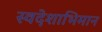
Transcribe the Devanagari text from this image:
स्वदेशाभिमान